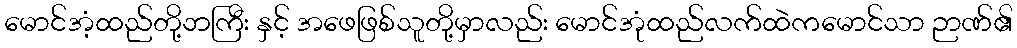
မောင်အံ့ထည်တို့ဘကြီး နှင့် အဖေဖြစ်သူတို့မှာလည်း မောင်အုံထည်လက်ထဲကမောင်သာ ဉာဏ်၏